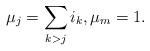
LaTeX: \begin{align*}\mu_j=\sum_{k>j}i_k, \mu_m=1.\end{align*}